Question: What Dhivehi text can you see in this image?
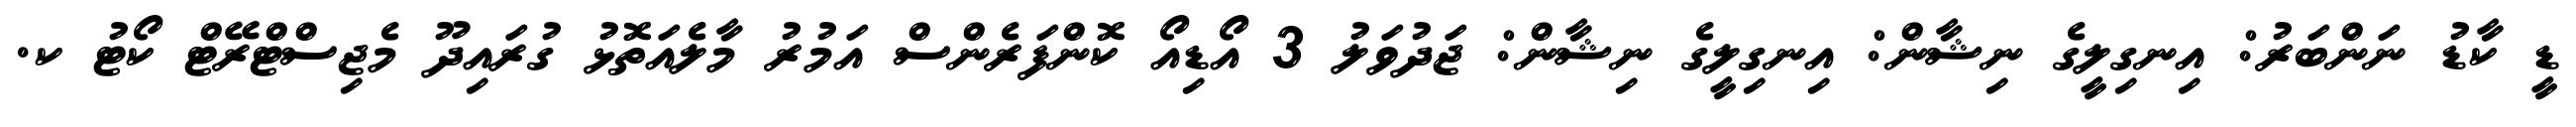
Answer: ޑީ ކާޑު ނަންބަރު: އިނގިލީގެ ނިޝާން: އިނގިލީގެ ނިޝާން: ޖަދުވަލު 3 އޯޑިއޯ ކޮންފަރެންސް އަމުރު މާލެއަތޮޅު ގުރައިދޫ މެޖިސްޓްރޭޓް ކޯޓު ކ.